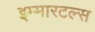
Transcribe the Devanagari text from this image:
इम्मारटल्स